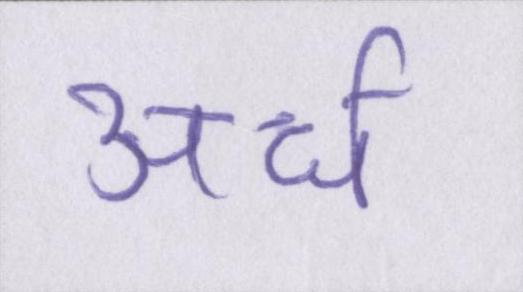
अर्ध